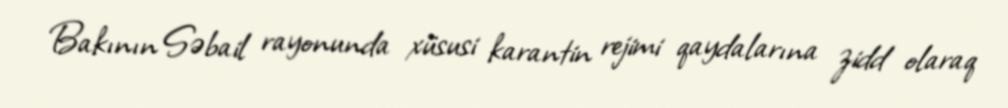
Bakının Səbail rayonunda xüsusi karantin rejimi qaydalarına zidd olaraq